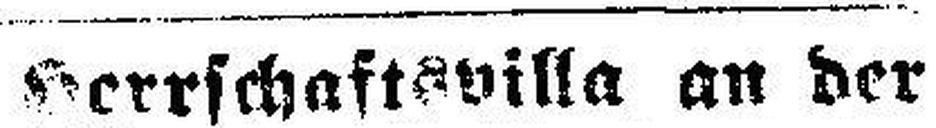
Herrschaftsvilla an der